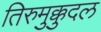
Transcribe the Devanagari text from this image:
तिरुमुक्कुदल